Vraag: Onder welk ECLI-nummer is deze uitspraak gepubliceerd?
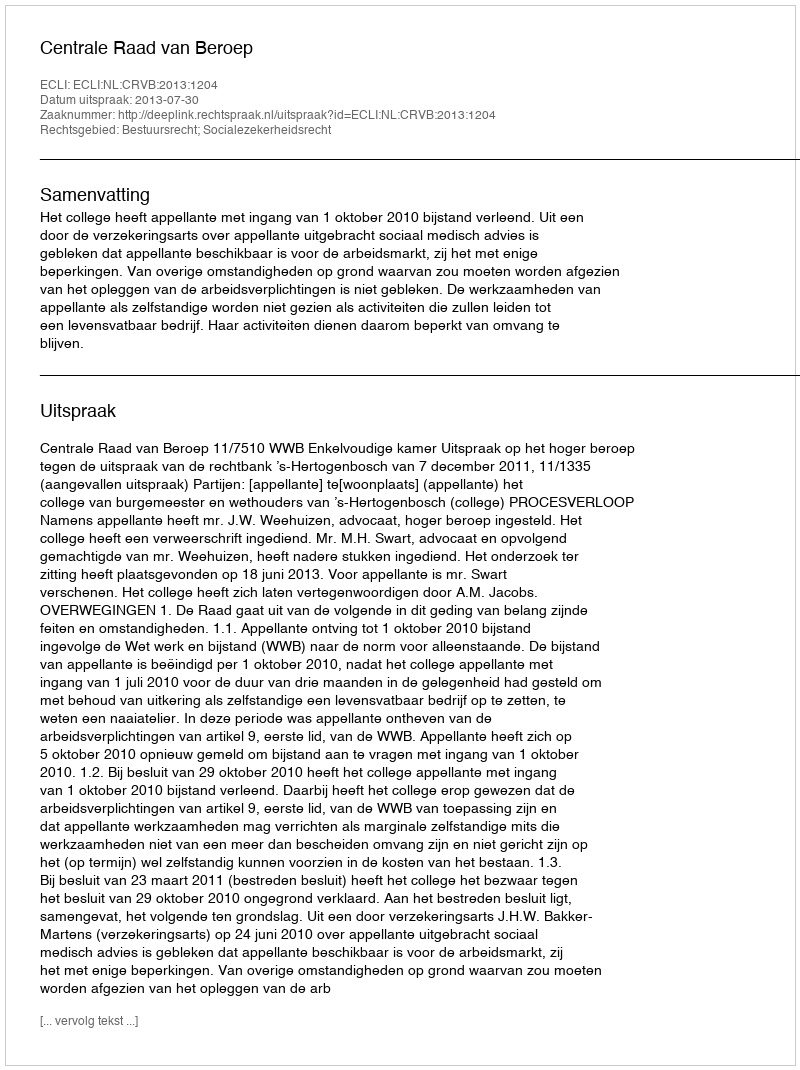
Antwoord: ECLI:NL:CRVB:2013:1204